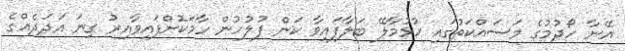
އޭނާ ހޯދުމުގެ މަސައްކަތުގައި ހުޅުމާލޭ ބަލާފައިވާ ކަން ފުލުހުން ހާމަކޮށްފައިވާއިރު ގިނަ އަދަދެއްގެ